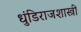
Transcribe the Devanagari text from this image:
धुंडिराजशास्त्री